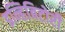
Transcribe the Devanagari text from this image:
इन्हिबिटोरी